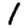
Digit: 1